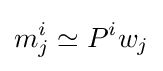
m_{j}^{i}\simeq P^{i}w_{j}